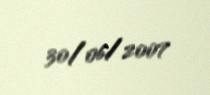
30/06/2007